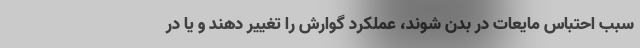
سبب احتباس مایعات در بدن شوند، عملکرد گوارش را تغییر دهند و یا در